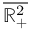
\overline { { \mathbb { R } _ { + } ^ { 2 } } }